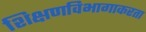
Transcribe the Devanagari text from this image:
शिक्षणविभागाकरता